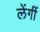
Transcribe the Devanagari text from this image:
लेंगीं